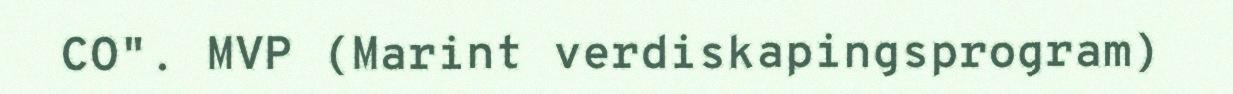
CO". MVP (Marint verdiskapingsprogram)